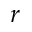
r